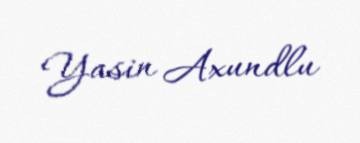
Yasin Axundlu